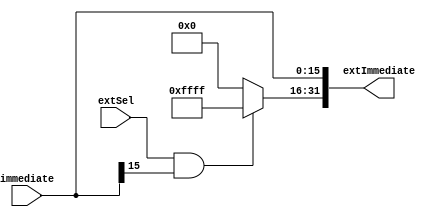
`timescale 1ns / 1ps
//////////////////////////////////////////////////////////////////////////////////
// Company:
// Engineer:
//
// Design Name:
// Module Name: Extend
// Project Name:
// Target Devices:
// Tool Versions:
// Description:
//
// Dependencies:
//
// Revision:
// Revision 0.01 - File Created
// Additional Comments:
//
//////////////////////////////////////////////////////////////////////////////////

module Extend(
    input [15:0] immediate,
    input extSel,
    output [31:0] extImmediate);
    
    assign extImmediate[15:0] = immediate[15:0];
    assign extImmediate[31:16] = (extSel && immediate[15]) ? 16'hFFFF : 16'h0000;

endmodule